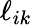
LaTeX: \ell_{ik}